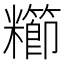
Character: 𫃖